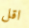
اقل